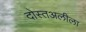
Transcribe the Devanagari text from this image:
दोस्तअलीला